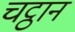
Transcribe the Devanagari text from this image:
चट्ठान